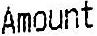
AMOUNT